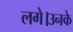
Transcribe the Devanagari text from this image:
लगे।उनके